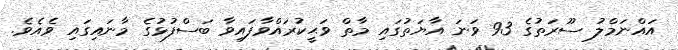
އައްނަމްލު ސޫރަތުގެ 93 ވަނަ އާޔަތުގައި މާތް ވަޙީކުރައްވާފައިވާ ބަސްފުޅުގެ މާނައިގައި ވެއެވެ.